Vaccine operations Central Provinces & Berar 1922-1929 - 1922-1929
Year: 1922
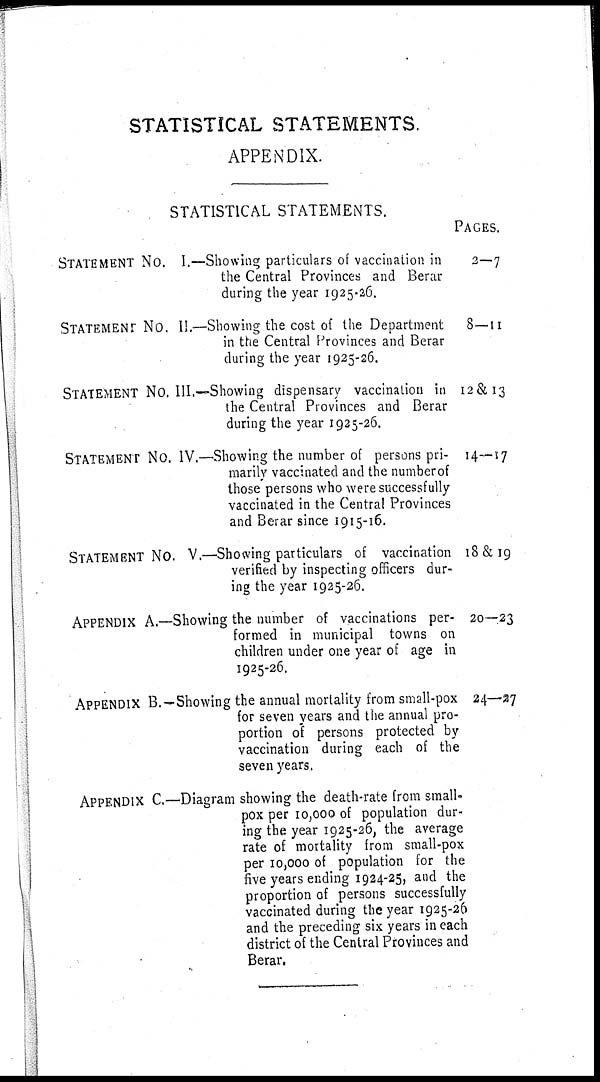
STATISTICAL STATEMENTS.
APPENDIX.
STATISTICAL STATEMENTS.
STATEMENT NO. I.—Showing particulars of vaccination in
the Central Provinces and Berar
during the year 1925-26.
STATEMENT NO. II.—Showing the cost of the Department
in the Central Provinces and Berar
during the year 1925-26.
STATEMENT NO. III.—Showing dispensary vaccination in
the Central Provinces and Berar
during the year 1925-26.
STATEMENT NO. IV.—Showing the number of persons pri-
marily vaccinated and the number of
those persons who were successfully
vaccinated in the Central Provinces
and Berar since 1915-16.
STATEMENT NO. V.—Showing particulars of vaccination
verified by inspecting officers dur-
ing the year 1925-26.
APPENDIX A.—Showing the number of vaccinations per-
formed in municipal towns on
children under one year of age in
1925-26.
APPENDIX B.—Showing the annual mortality from small-pox
for seven years and the annual pro-
portion of persons protected by
vaccination during each of the
seven years.
APPENDIX C.—Diagram showing the death-rate from small-
pox per 10,000 of population dur-
ing the year 1925-26, the average
rate of mortality from small-pox
per 10,000 of population for the
five years ending 1924-25, and the
proportion of persons successfully
vaccinated during the year 1925-26
and the preceding six years in each
district of the Central Provinces and
Berar.
PAGES.
2—7
8—11
12 & 13
14—17
18 &19
20—23
24—27